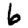
Digit: 6